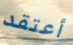
أعتقد